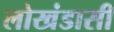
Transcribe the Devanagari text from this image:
लोखंडासी